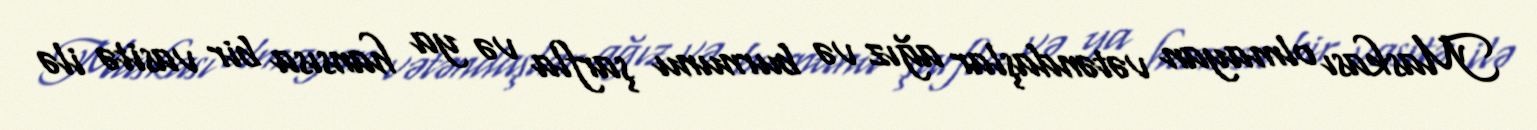
Maskası olmayan vətəndaşlar ağız və burnunu şarfla və ya hansısa bir vasitə ilə